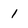
Character: 1